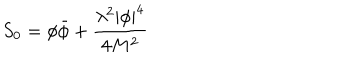
S _ { 0 } = \phi \bar { \phi } + \frac { \lambda ^ { 2 } | \phi | ^ { 4 } } { 4 M ^ { 2 } }